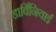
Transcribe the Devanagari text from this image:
डार्विनियाई